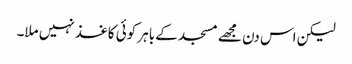
لیکن اس دن مجھے مسجد کے باہر کوئی کاغذ نہیں ملا۔